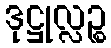
ဒုဋ္ဌုလ္လဉ္စ